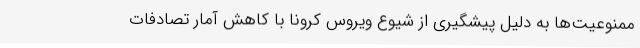
ممنوعیت‌ها به دلیل پیشگیری از شیوع ویروس کرونا با کاهش آمار تصادفات